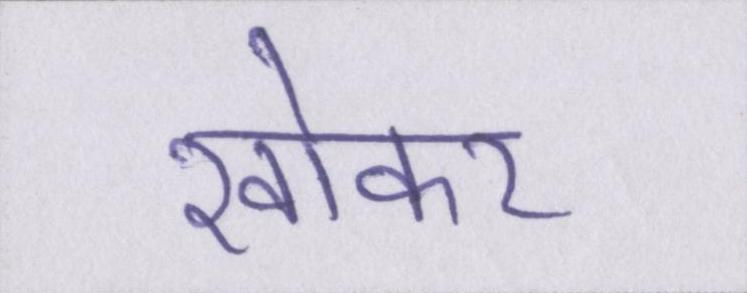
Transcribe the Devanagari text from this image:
खोकर